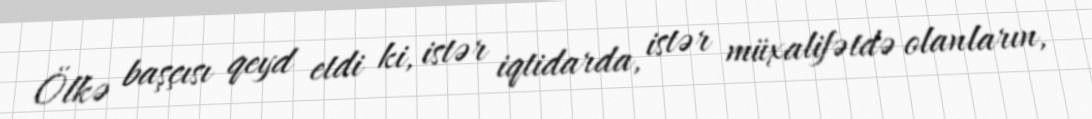
Ölkə başçısı qeyd etdi ki, istər iqtidarda, istər müxalifətdə olanların,